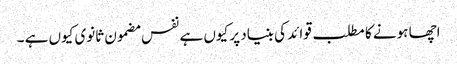
اچھا ہونے کا مطلب قوائد کی بنیاد پر کیوں ہے نفس مضمون ثانوی کیوں ہے ۔